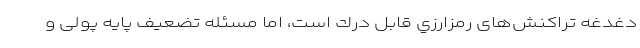
دغدغه تراكنش‌های رمزارزي قابل درك است، اما مسئله تضعيف پايه پولی و